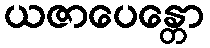
ယဇာပေန္တော